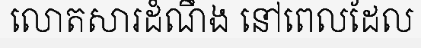
លោតសារដំណឹង នៅពេលដែល